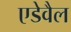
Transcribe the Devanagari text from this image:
एडेवैल